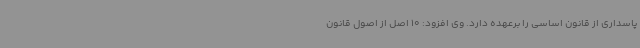
پاسداری از قانون اساسی را برعهده دارد. وی افزود: 10 اصل از اصول قانون